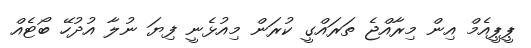
ޕީޕީއެމް އިން މިރާއްޖެ ތަރައްގީ ކުރަން މިއުޅެނީ ފިޔަ ނުލާ އުދުހޭ ބޯޓެއް